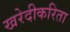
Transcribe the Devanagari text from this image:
खरेदीकरिता